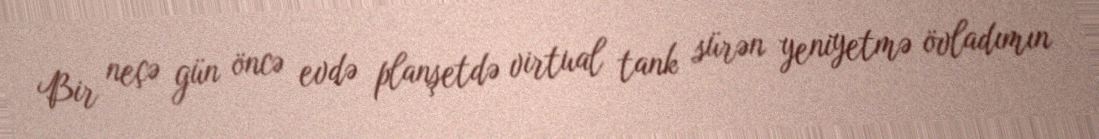
Bir neçə gün öncə evdə planşetdə virtual tank sürən yeniyetmə övladımın